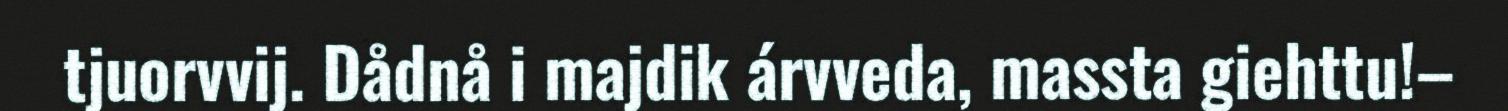
tjuorvvij. Dådnå i majdik árvveda, massta giehttu!–